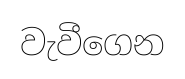
වැවීගෙන